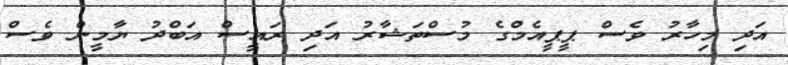
އަދި މިހާރު ވެސް ޕީޕީއެމްގެ މުސްތަޝާރު އަދި ރައީސް އަބްދު ޔާމީން ވެސް